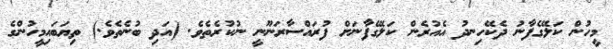
މީހުން ކަލޭގެފާނު ދެކޭހިނދު އެއުރެން ކަލޭގެފާނަށް ފުރައްސާރަނޫނީ ނުކުރެތެވެ. (އަދި ބުނެތެވެ.) ތިޔަބައިމީހުންގެ